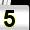
Digit: 5